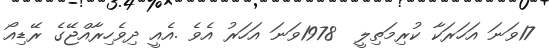
17ވަނަ އަހަރަކާ ކުރިމަތިލީ  1978ވަނަ އަހަރު އެވެ .އެއީ ދިވެހިރާއްޖޭގެ ރޭޑިއޯ